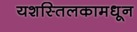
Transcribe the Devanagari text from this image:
यशस्तिलकामधून